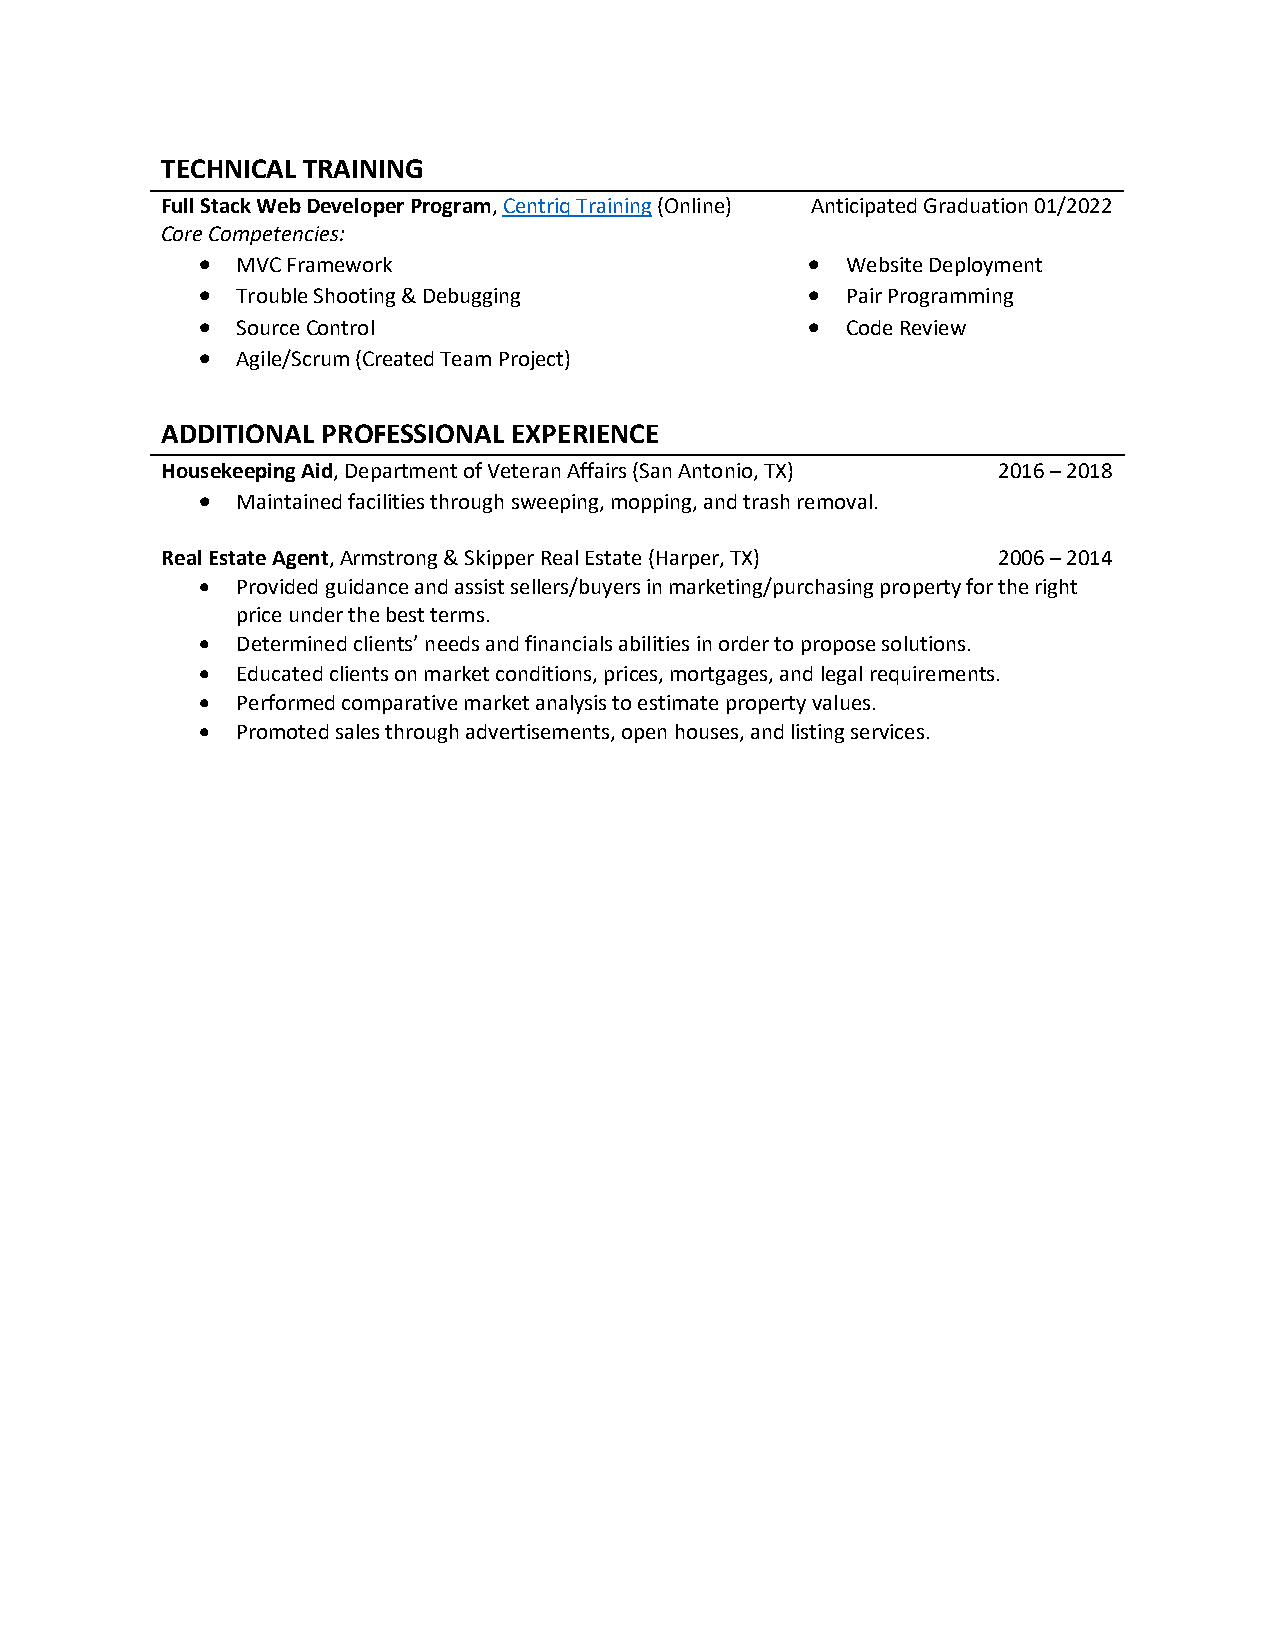
TECHNICAL TRAINING
 Full Stack Web Developer Program, Centriq Training (Online) Anticipated Graduation 01/2022
 Core Competencies:
 •  MVC Framework                         • Website Deployment
 •  Trouble Shooting & Debugging          • Pair Programming
 •  Source Control                        • Code Review
 •  Agile/Scrum (Created Team Project)
 ADDITIONAL PROFESSIONAL EXPERIENCE
 Housekeeping Aid, Department of Veteran Affairs (San Antonio, TX) 2016 – 2018
 •  Maintained facilities through sweeping, mopping, and trash removal.
 Real Estate Agent, Armstrong & Skipper Real Estate (Harper, TX) 2006 – 2014
 •  Provided guidance and assist sellers/buyers in marketing/purchasing property for the right
 price under the best terms.
 •  Determined clients’ needs and financials abilities in order to propose solutions.
 •  Educated clients on market conditions, prices, mortgages, and legal requirements.
 •  Performed comparative market analysis to estimate property values.
 •  Promoted sales through advertisements, open houses, and listing services.